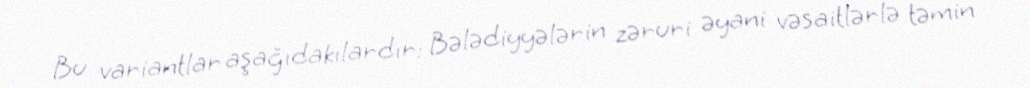
Bu variantlar aşağıdakılardır: Bələdiyyələrin zəruri əyani vəsaitlərlə təmin